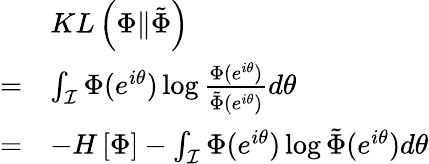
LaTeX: \begin{array}{rl}&{KL\left(\Phi\| \tilde{\Phi}\right)}\\ {=}&{\int_{\mathcal{I}}\Phi(e^{i\theta})\log\frac{\Phi(e^{i\theta})}{\tilde{\Phi}(e^{i\theta})}d\theta}\\ {=}&{-H\left[\Phi\right]-\int_{\mathcal{I}}\Phi(e^{i\theta})\log\tilde{\Phi}(e^{i\theta})d\theta}\end{array}